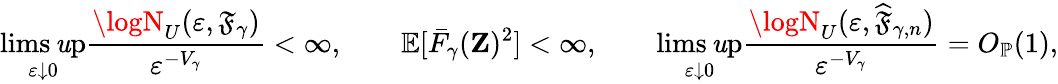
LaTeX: \operatorname*{lims\mathit{u}p}_{\varepsilon\downarrow0}\frac{{\logN_{U}(\varepsilon,\mathfrak{{F}}_{\gamma})}}{{\varepsilon^{-V_{\gamma}}}}<\infty,\qquad\mathbb{{E}}[\bar{{F}}_{\gamma}(\mathbf{{Z}})^{2}]<\infty,\qquad\operatorname*{lims\mathit{u}p}_{\varepsilon\downarrow0}\frac{{\logN_{U}(\varepsilon,\widehat{{\mathfrak{{F}}}}_{\gamma,n})}}{{\varepsilon^{-V_{\gamma}}}}=O_{\mathbb{{P}}}(1),